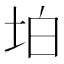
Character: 𡊚